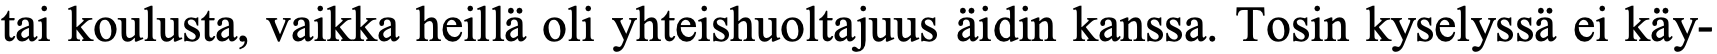
tai koulusta, vaikka heillä oli yhteishuoltajuus äidin kanssa. Tosin kyselyssä ei käy-